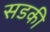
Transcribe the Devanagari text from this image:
सडकी